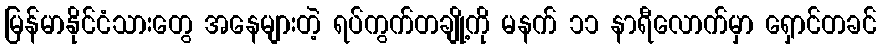
မြန်မာနိုင်ငံသားတွေ အနေများတဲ့ ရပ်ကွက်တချို့ကို မနက် ၁၁ နာရီလောက်မှာ ရှောင်တခင်